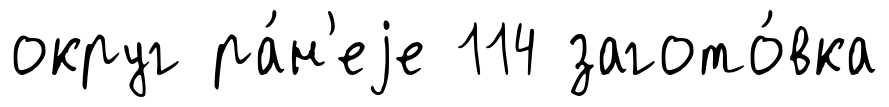
округ ра́н'еjе 114 загото́вка